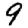
Digit: 9